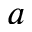
^ { a }